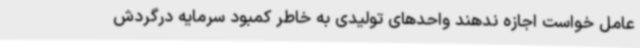
عامل خواست اجازه ندهند واحدهای تولیدی به خاطر کمبود سرمایه درگردش